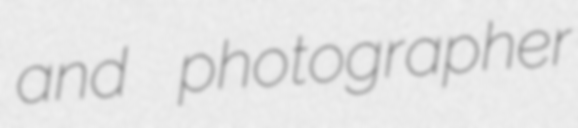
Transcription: and photographer